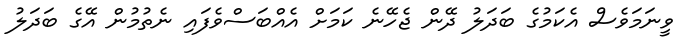
ވީނަމަވެސް އެކަމުގެ ބަދަލު ދޭން ޖެހޭނެ ކަމަށް އެއްބަސްވެފައި ނެތުމުން އޭގެ ބަދަލު